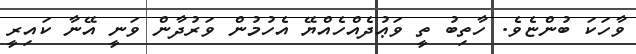
ވާހަކަ ބުންޏެވެ. ހާތިބު ތީ ވަޢުދެއްހެއްޔޭ އެހުމުން ވަރުދާން ވަނީ އޭނާ ކައިރީ